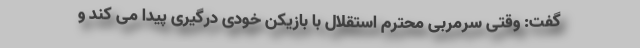
گفت: وقتی سرمربی محترم استقلال با بازیکن خودی درگیری پیدا می کند و